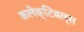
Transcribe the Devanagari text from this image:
कलेक्टिबल्स